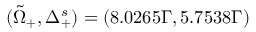
( \tilde { \Omega } _ { + } , \Delta _ { + } ^ { s } ) = ( 8 . 0 2 6 5 Γ , 5 . 7 5 3 8 Γ )